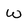
Character: w